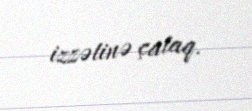
izzətinə çataq.